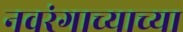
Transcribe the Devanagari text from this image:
नवरंगाच्याच्या